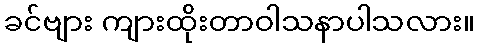
ခင်ဗျား ကျားထိုးတာဝါသနာပါသလား။